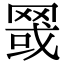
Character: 䍞